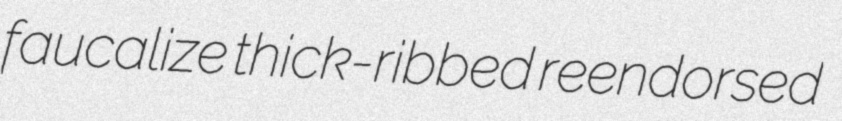
faucalize thick-ribbed reendorsed